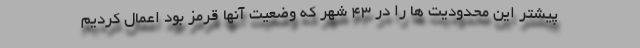
پیشتر این محدودیت ها را در ۴۳ شهر که وضعیت آنها قرمز بود اعمال کردیم